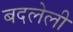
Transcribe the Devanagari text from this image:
बदलेली